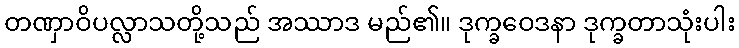
တဏှာဝိပလ္လာသတို့သည် အဿာဒ မည်၏။ ဒုက္ခဝေဒနာ ဒုက္ခတာသုံးပါး